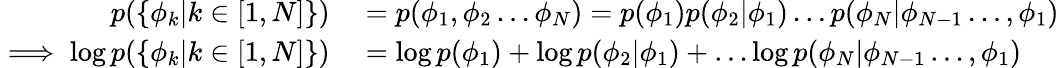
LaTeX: \begin{array}{rl}{p(\{ \phi_{k}|k\in[1,N]\} )}&{{}=p(\phi_{1},\phi_{2}\dots\phi_{N})=p(\phi_{1})p(\phi_{2}|\phi_{1})\dots p(\phi_{N}|\phi_{N-1}\dots,\phi_{1})}\\ {\implies\log p(\{ \phi_{k}|k\in[1,N]\} )}&{{}=\log p(\phi_{1})+\log p(\phi_{2}|\phi_{1})+\dots\log p(\phi_{N}|\phi_{N-1}\dots,\phi_{1})}\end{array}